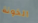
الخونة